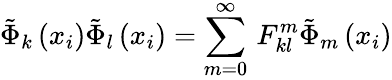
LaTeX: \tilde{\Phi}_{k}\left(x_{i}\right)\tilde{\Phi}_{l}\left(x_{i}\right)=\sum_{m=0}^{\infty}\, F_{kl}^{m}\tilde{\Phi}_{m}\left(x_{i}\right)